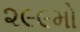
૨૯૯મો